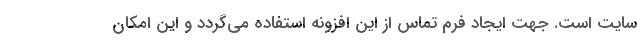
سایت است. جهت ایجاد فرم تماس از این افزونه استفاده می‌گردد و این امکان